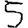
Digit: 5